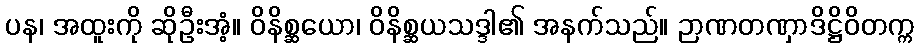
ပန၊ အထူးကို ဆိုဦးအံ့။ ဝိနိစ္ဆယော၊ ဝိနိစ္ဆယသဒ္ဒါ၏ အနက်သည်။ ဉာဏတဏှာဒိဋ္ဌိဝိတက္က